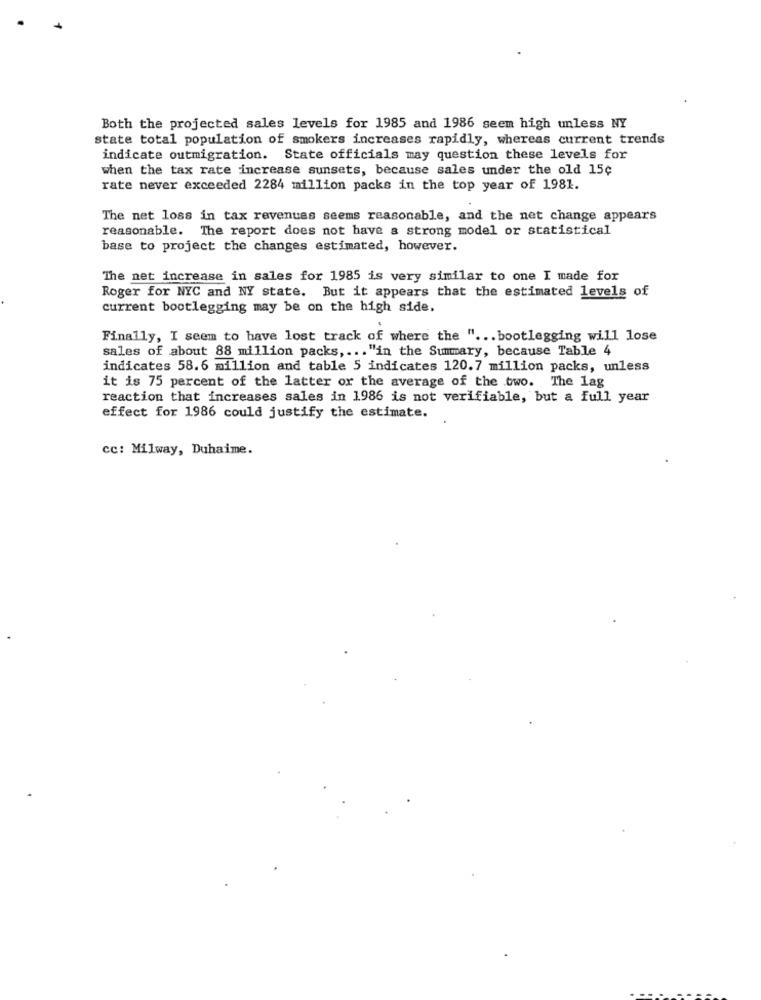
Both the projected sales levels for 1985 and 1986 seem high unless NY
state total population of smokers increases rapidly, whereas current trends
indicate outmigration. State officials may question these levels for
when the tax rate increase sunsets, because sales under the old 15¢
rate never exceeded 2284 million packs in the top year of 1981.
The net loss in tax revenues seems reasonable, and the net change appears
reasonable. The report does not have a strong model or statistical
base to project the changes estimated, however.
The net increase in sales for 1985 is very similar to one I made for
Roger for NYC and NY state. But it appears that the estimated levels of
current bootlegging may be on the high side.
Finally, I seem to have lost track of where the " ... bootlegging will lose
sales of about 88 million packs ,... "in the Summary, because Table 4
indicates 58.6 million and table 5 indicates 120.7 million packs, unless
it is 75 percent of the latter or the average of the two. The lag
reaction that increases sales in 1986 is not verifiable, but a full year
effect for 1986 could justify the estimate.
cc: Milway, Duhaime.